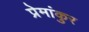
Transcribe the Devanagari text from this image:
प्रेमांकुर